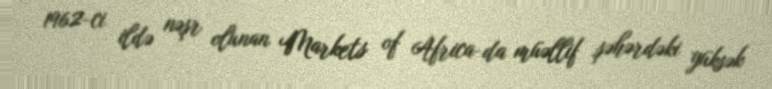
1962-ci ildə nəşr olunan Markets of Africa-da müəllif şəhərdəki yüksək